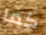
كما